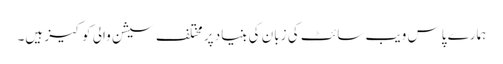
ہمارے پاس ویب سائٹ کی زبان کی بنیاد پر مختلف سیشن والی کوکیز ہیں۔